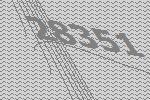
28351